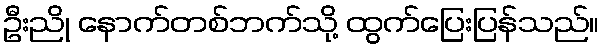
ဦးညို နောက်တစ်ဘက်သို့ ထွက်ပြေးပြန်သည်။